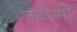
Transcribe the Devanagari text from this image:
उंटांशी